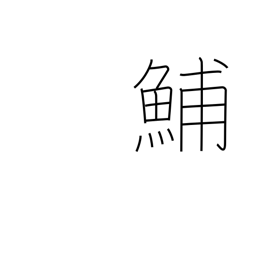
Meaning: type of herring